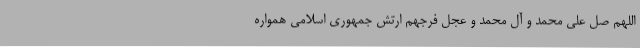
اللهم صل علی محمد و آل محمد و عجل فرجهم ارتش جمهوری اسلامی همواره